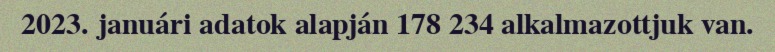
2023. januári adatok alapján 178 234 alkalmazottjuk van.